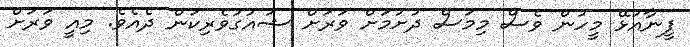
ފީނާއުޅޭ މީހުން ވެސް މިމަސް ދުށުމަށް ވަރަށް ޝައުގުވެރިކަން ދެއެވެ. މިއީ ވަރަށް